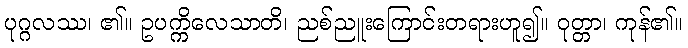
ပုဂ္ဂလဿ၊ ၏။ ဥပက္ကိလေသာတိ၊ ညစ်ညူးကြောင်းတရားဟူ၍။ ဝုတ္တာ၊ ကုန်၏။